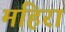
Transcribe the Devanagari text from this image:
महिरा